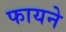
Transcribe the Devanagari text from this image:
फायने